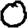
Digit: 0